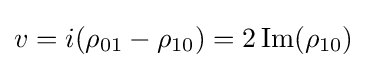
v=i(\rho _{01}-\rho _{10})=2\operatorname {Im} (\rho _{10})